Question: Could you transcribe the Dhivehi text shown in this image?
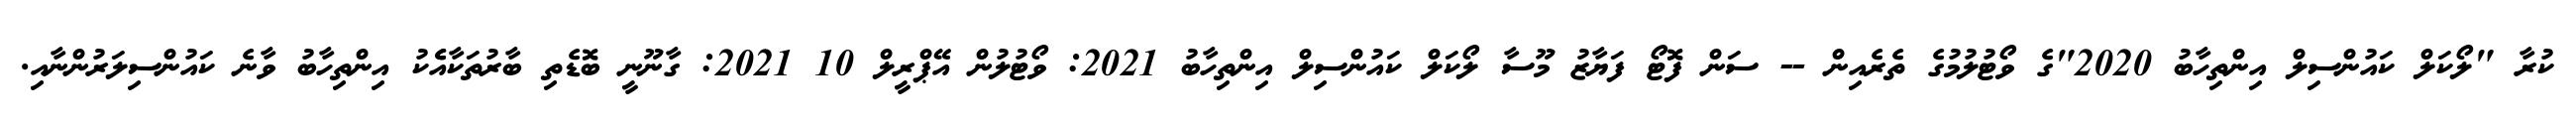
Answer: ކުރާ "ލޯކަލް ކައުންސިލް އިންތިހާބު 2020"ގެ ވޯޓުލުމުގެ ތެރެއިން -- ސަން ފޮޓޯ ފަޔާޒު މޫސާ ލޯކަލް ކައުންސިލް އިންތިހާބު 2021: ވޯޓުލުން އޭޕްރީލް 10 2021: ގާނޫނީ ބޮޑެތި ބާރުތަކާއެެކު އިންތިހާބު ވާނެ ކައުންސިލަރުންނާއި.